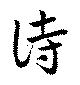
詩